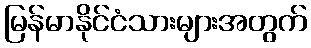
မြန်မာနိုင်ငံသားများအတွက်